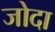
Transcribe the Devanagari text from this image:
जोदा